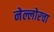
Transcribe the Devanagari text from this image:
नेल्लोरचा